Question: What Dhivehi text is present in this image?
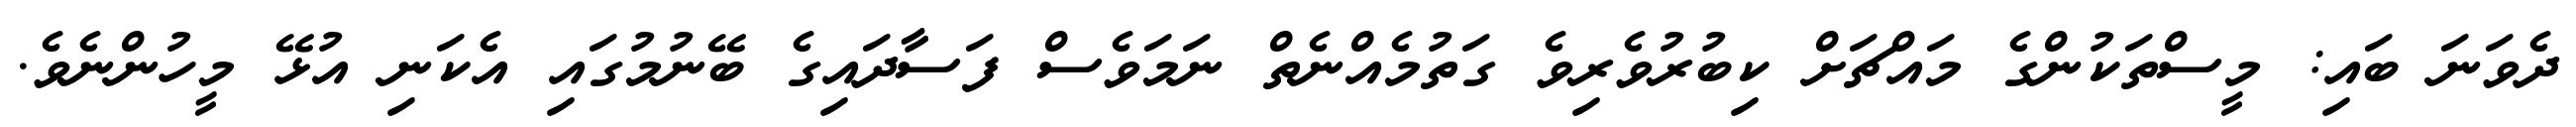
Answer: ދެވަނަ ބައި: މީސްތަކުންގެ މައްޗަށް ކިބުރުވެރިވެ ގަތުމެއްނެތް ނަމަވެސް ފަސާދައިގެ ބޭނުމުގައި އެކަނި އުޅޭ މީހުންނެވެ.